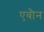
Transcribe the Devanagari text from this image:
एवौन